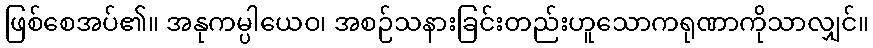
ဖြစ်စေအပ်၏။ အနုကမ္ပါယေဝ၊ အစဉ်သနားခြင်းတည်းဟူသောကရုဏာကိုသာလျှင်။